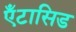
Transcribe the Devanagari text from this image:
ऍंटासिड